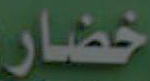
خضار